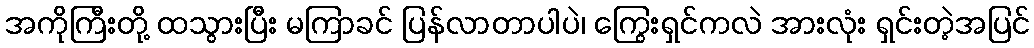
အကိုကြီးတို့ ထသွားပြီး မကြာခင် ပြန်လာတာပါပဲ၊ ကြွေးရှင်ကလဲ အားလုံး ရှင်းတဲ့အပြင်